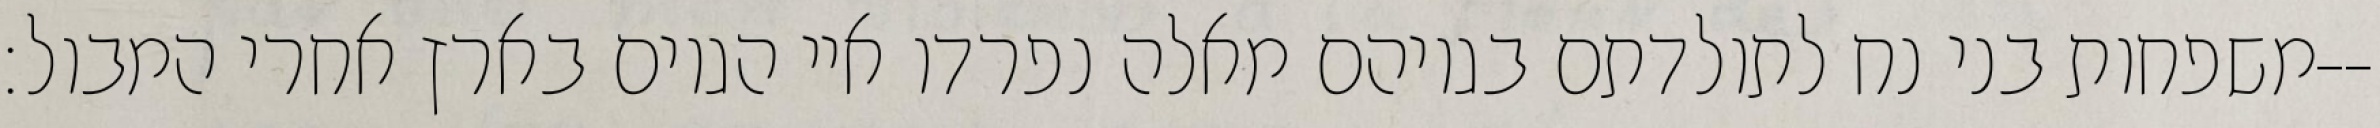
משפחות בני נח לתולדתם בגויהם מאלה נפרדו איי הגוים בארץ אחרי המבול׃--